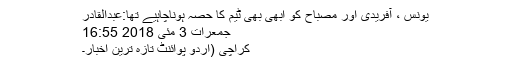
یونس ، آفریدی اور مصباح کو ابھی بھی ٹیم کا حصہ ہوناچاہیے تھا:عبدالقادر
جمعرات 3 مئی 2018 16:55
کراچی (اردو پوائنٹ تازہ ترین اخبار۔